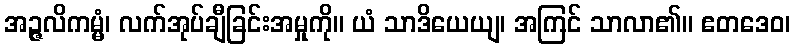
အဉ္ဇလိကမ္မံ၊ လက်အုပ်ချီခြင်းအမှုကို။ ယံ သာဒိယေယျ၊ အကြင် သာလာ၏။ ဧတဒေဝ၊